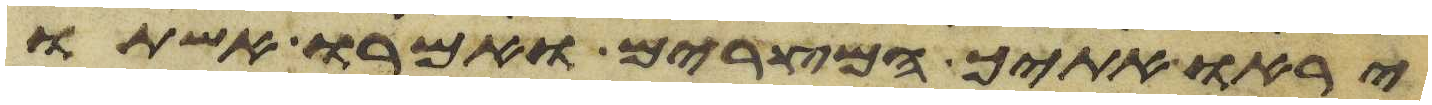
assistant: יראו אתיך המצרים ואמרו אשתו